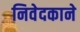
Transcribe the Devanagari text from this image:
निवेदकाने